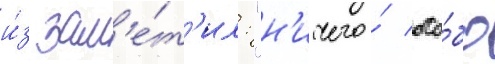
и́з зам'е́т'ил: "н'ичего́ осо́бо